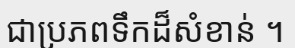
ជាប្រភពទឹកដ៏សំខាន់ ។